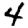
Digit: 4